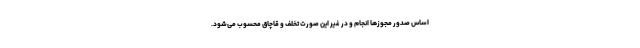
اساس صدور مجوز‌ها انجام و در غیر این صورت تخلف و قاچاق محسوب می‌شود.